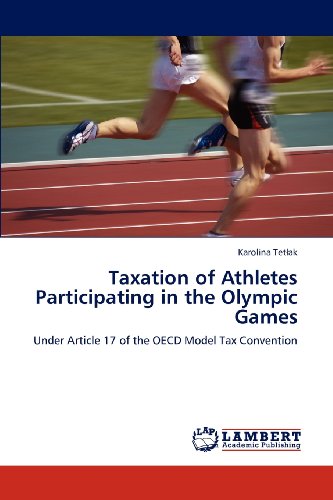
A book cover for Taxation of Athletes Participating in the Olympic Games: Under Article 17 of the OECD Model Tax Convention; Karolina Tetlak; Sports & Outdoors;